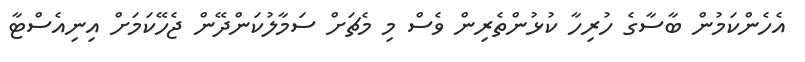
އެހެންކަމުން ބާސާގެ ހުރިހާ ކުޅުންތެރިން ވެސް މި މެޗަށް ސަމާލުކަންދޭން ޖެހޭކަމަށް އިނިއެސްޓާ